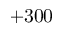
+ 3 0 0